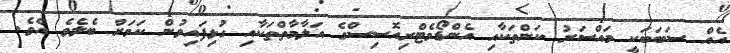
އެއް ސަބަބަކީ މައްސަރު ކަންތަކާއި އެންޑޯމެޓްރިއޮސިސްގެ އަލާމާތްތަކާއި ގުޅިފައިވުން ކަމަށް ބެލެވެ އެވެ.